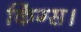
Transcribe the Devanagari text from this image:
किंग्स।